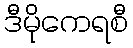
ဒီမိုကေရစီ